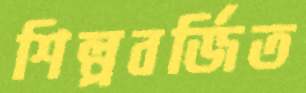
শিল্পবর্জিত